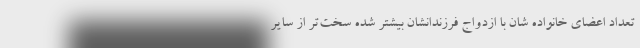
تعداد اعضای خانواده شان با ازدواج فرزندانشان بیشتر شده سخت‌تر از سایر